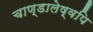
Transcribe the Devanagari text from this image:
चाण्डालेष्वपि